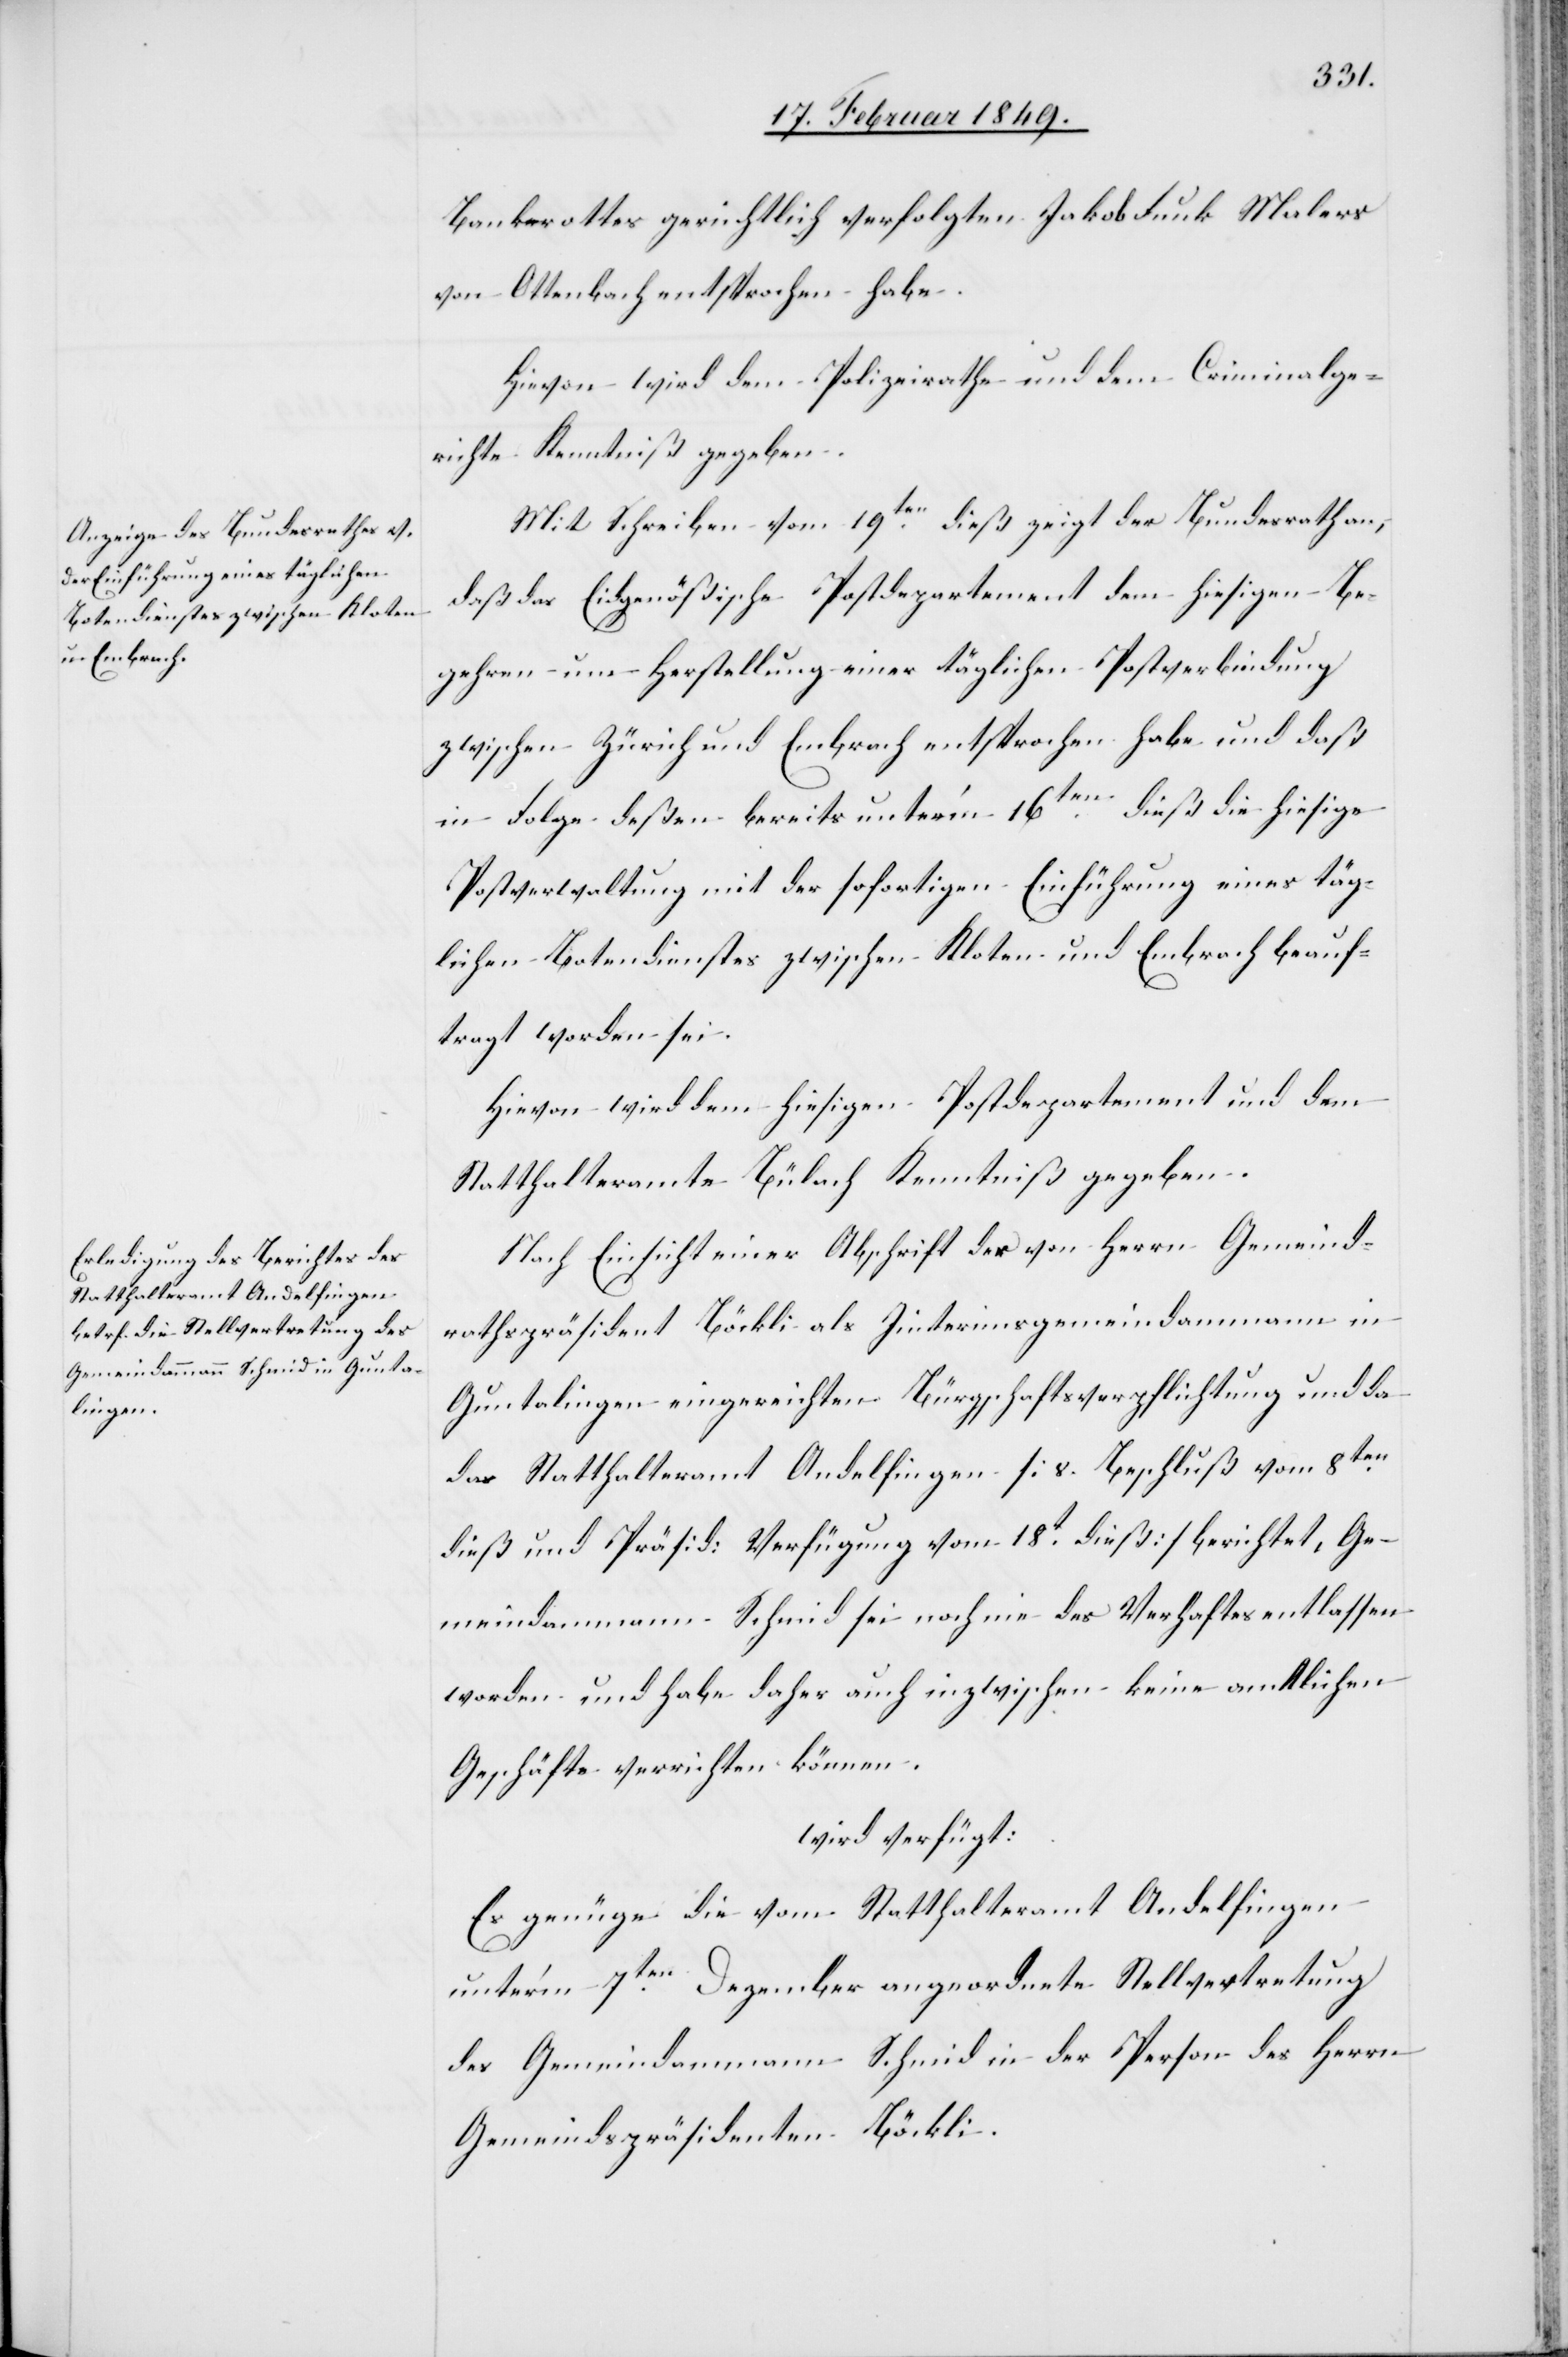
21. Februar 1849.]
Bankerottes gerichtlich verfolgten Jakob Funk Malers
von Ottenbach entsprochen habe.
Hievon wird dem Polizeirathe und dem Criminalge¬
richte Kenntniß gegeben.
Mit Schreiben vom 19ten. dieß zeigt der Bundesrath an,
daß das Eidgenößische Postdepartement dem hiesigen Be¬
gehren um Herstellung einer täglichen Postverbindung
zwischen Zürich und Embrach entsprochen habe und daß
in Folge deßen bereits unter’m 16ten. dieß die hiesige
Postverwaltung mit der sofortigen Einführung eines täg¬
lichen Botendienstes zwischen Kloten und Embrach beauf¬
tragt worden sei.
Hievon wird dem hiesigen Postdepartement und dem
Statthalteramte Bülach Kenntniß gegeben.
Nach Einsicht einer Abschrift der von Herrn Gemeind¬
rathspräsident Böckli als Iinterimsgemeindammann
Guntalingen eingereichten Bürgschaftsverpflichtung und da
das Statthalteramt Andelfingen [s. Beschluß vom 8ten.
dieß und Präsid: Verfügung vom 18ten. dieß] berichtet, Ge¬
meindammann Schmid sei noch nie des Verhaftes entlassen
worden und habe daher auch inzwischen keine amtlichen
Geschäfte verrichten können.
wird verfügt:
Es genüge die vom Statthalteramt Andelfingen
unter’m 7ten. Dezember angeordnete Stellvertretung
des Gemeindammann Schmid in der Person des Herrn
Gemeindspräsidenten Böckli.